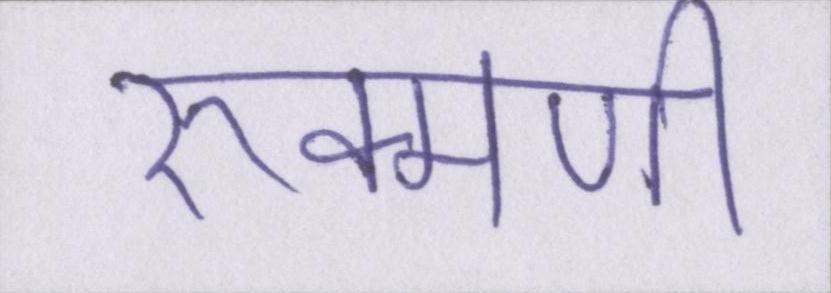
रुक्मणी